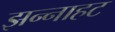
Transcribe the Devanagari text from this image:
झन्नाहट